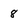
Character: 8